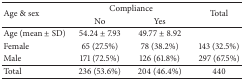
<table><thead><tr><td rowspan="2"><b>Age &amp; sex</b></td><td colspan="2"><b>Compliance</b></td><td rowspan="2"><b>Total</b></td></tr><tr><td><b>No</b></td><td><b>Yes</b></td></tr></thead><tbody><tr><td>Age (mean ± SD)</td><td>54.24 ± 7.93 </td><td>49.77 ± 8.92 </td><td> </td></tr><tr><td>Female</td><td>65 (27.5%)</td><td>78 (38.2%)</td><td>143 (32.5%)</td></tr><tr><td>Male</td><td>171 (72.5%)</td><td>126 (61.8%)</td><td>297 (67.5%)</td></tr><tr><td>Total</td><td>236 (53.6%)</td><td>204 (46.4%)</td><td>440</td></tr></tbody></table>